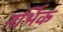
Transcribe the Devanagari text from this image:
नर्भिक